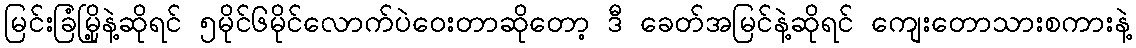
မြင်းခြံမြို့နဲ့ဆိုရင် ၅မိုင်၆မိုင်လောက်ပဲဝေးတာဆိုတော့ ဒီ ခေတ်အမြင်နဲ့ဆိုရင် ကျေးတောသားစကားနဲ့